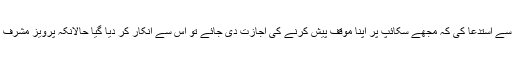
انھوں نے کہا کہ میں نے عدالت سے استدعا کی کہ مجھے سکائپ پر اپنا موقف پیش کرنے کی اجازت دی جائے تو اس سے انکار کر دیا گیا حالانکہ پرویز مشرف کو یہ سہولت فراہم کی گئی تھی ۔